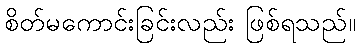
စိတ်မကောင်းခြင်းလည်း ဖြစ်ရသည်။